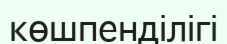
көшпенділігі